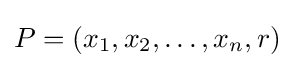
P=(x_{1},x_{2},\dotsc ,x_{n},r)